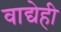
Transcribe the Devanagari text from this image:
वाद्येही